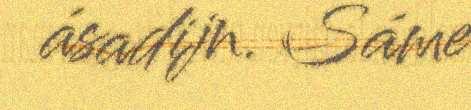
ásadijn. Sáme